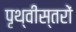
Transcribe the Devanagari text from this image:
पृथ्वीस्तरों